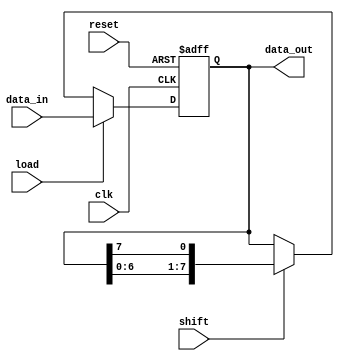
module register(
    input wire clk,
    input wire reset,
    input wire load,
    input wire shift,
    input wire [7:0] data_in,
    output reg [7:0] data_out
);

reg [7:0] register_data;

always @(posedge clk or posedge reset) begin
    if (reset) begin
        register_data <= 8'b0;
    end else begin
        if (load) begin
            register_data <= data_in;
        end else if (shift) begin
            register_data <= {register_data[6:0], register_data[7]};
        end
    end
end

assign data_out = register_data;

endmodule